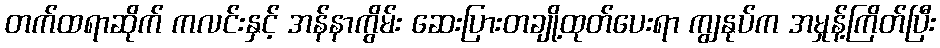
တက်ထရာဆိုက် ကလင်းနှင့် အန်နာကွိမ်း ဆေးပြားတချို့ထုတ်ပေးရာ ကျွနုပ်က အမှုန့်ကြိတ်ပြီး